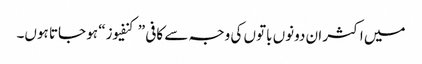
میں اکثر ان دونوں باتوں کی وجہ سے کافی ”کنفیوز“ ہو جاتا ہوں۔